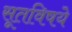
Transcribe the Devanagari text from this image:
सूतविषये